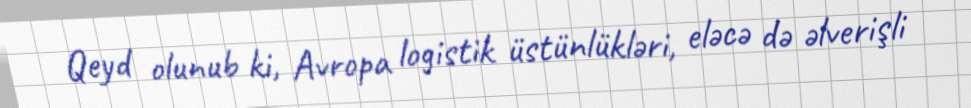
Qeyd olunub ki, Avropa logistik üstünlükləri, eləcə də əlverişli